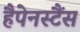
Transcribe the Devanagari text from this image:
हैपेनस्टैंस